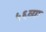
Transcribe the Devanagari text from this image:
५६व्या